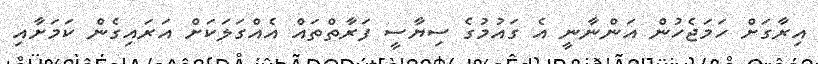
އިރާގަށް ހަމަޖެހުން އަންނާނީ އެ ގައުމުގެ ސިޔާސީ ފަރާތްތައް އެއްގަލަކަށް އަރައިގެން ކަމަށާއި